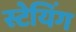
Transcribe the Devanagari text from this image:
स्टेयिंग